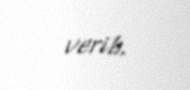
verib.